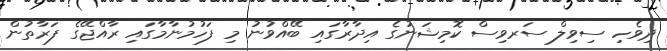
ދިވެހި ސިވިލް ސަރވިސް ކޮމިޝަނުގެ އިދާރާގައި ބޭއްވުނު މި ފަހުމުނާމާގައި ރާއްޖޭގެ ފަރާތުން